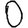
Digit: 0